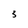
Character: 3